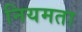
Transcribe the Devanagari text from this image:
नियमता